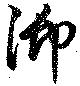
御